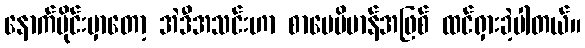
နောက်ပိုင်းမှာတော့ အဲဒီအသင်းဟာ စာပေဗိမာန်အဖြစ် ထင်ရှားခဲ့ပါတယ်။